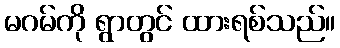
မဂမ်ကို ရွာတွင် ထားရစ်သည်။